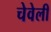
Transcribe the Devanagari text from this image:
चेवेली